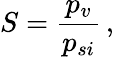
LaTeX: S=\frac{p_{v}}{p_{si}}\, ,